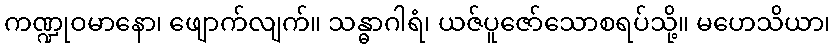
ကဏ္ဍုဝမာနော၊ ဖျောက်လျက်။ သန္ဓာဂါရံ၊ ယဇ်ပူဇော်သောစရပ်သို့။ မဟေသိယာ၊